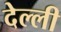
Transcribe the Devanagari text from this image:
देल्ली